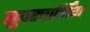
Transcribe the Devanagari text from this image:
सुपरचार्जिंग